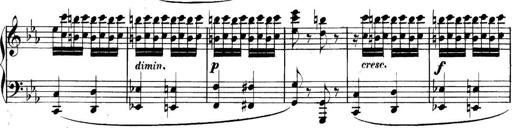
Title: Collected Piano Sonatas
Composer: Muzio Clementi